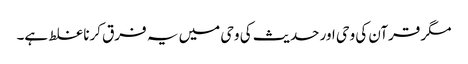
مگر قرآن کی وحی اور حدیث کی وحی میں یہ فرق کرنا غلط ہے۔